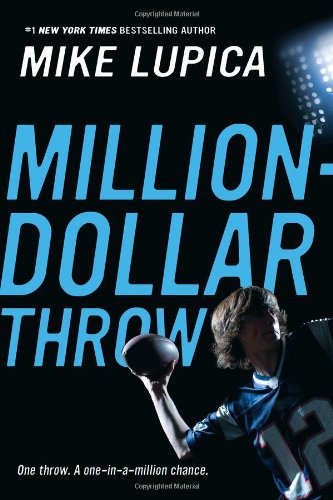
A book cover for Million-Dollar Throw; Mike Lupica; Children's Books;